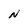
Character: N